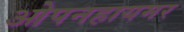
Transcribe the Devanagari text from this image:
ओपनहायमर